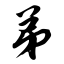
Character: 弟